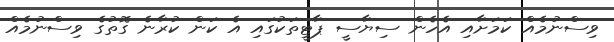
ވިސްނުމެއް ކަމަށާއި އެހެން ސިޔާސީ ޕާޓީތަކުގައި އެ ކަން ކުރާނެ ގޮތުގެ ވިސްނުމެއް